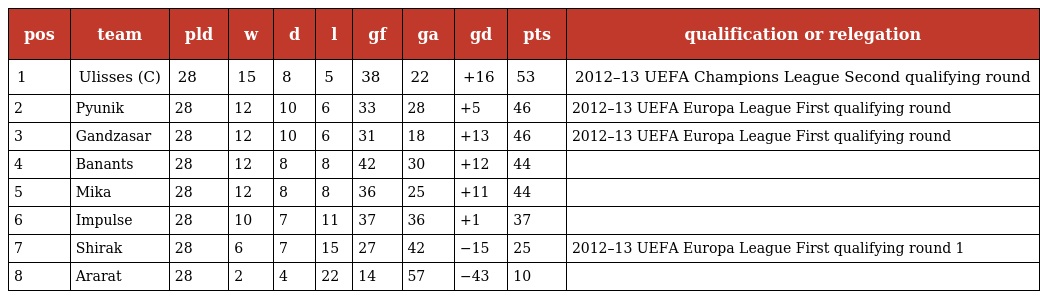
| pos | team | pld | w | d | l | gf | ga | gd | pts | qualification or relegation |
 | --- | --- | --- | --- | --- | --- | --- | --- | --- | --- | --- |
 | 1 | Ulisses (C) | 28 | 15 | 8 | 5 | 38 | 22 | +16 | 53 | 2012–13 UEFA Champions League Second qualifying round |
 | 2 | Pyunik | 28 | 12 | 10 | 6 | 33 | 28 | +5 | 46 | 2012–13 UEFA Europa League First qualifying round |
 | 3 | Gandzasar | 28 | 12 | 10 | 6 | 31 | 18 | +13 | 46 | 2012–13 UEFA Europa League First qualifying round |
 | 4 | Banants | 28 | 12 | 8 | 8 | 42 | 30 | +12 | 44 |  |
 | 5 | Mika | 28 | 12 | 8 | 8 | 36 | 25 | +11 | 44 |  |
 | 6 | Impulse | 28 | 10 | 7 | 11 | 37 | 36 | +1 | 37 |  |
 | 7 | Shirak | 28 | 6 | 7 | 15 | 27 | 42 | −15 | 25 | 2012–13 UEFA Europa League First qualifying round 1 |
 | 8 | Ararat | 28 | 2 | 4 | 22 | 14 | 57 | −43 | 10 |  |